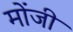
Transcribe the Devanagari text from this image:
मोंजी